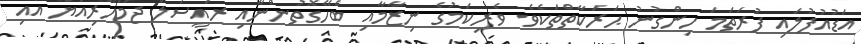
އަޑުއުފުލައި ފުރަތަމަ ހިންގުނު ޙަރަކާތްތަކެވެ. ވެރިކަމުގެ ނިޒާމާއި ބެހޭގޮތުންނާއި ރައީސުލް ޖުމްހޫރިއްޔާ އާއި